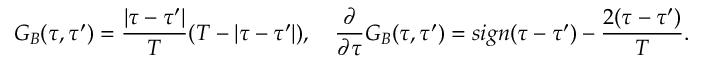
G _ { B } ( \tau , \tau ^ { \prime } ) = \frac { | \tau - \tau ^ { \prime } | } { T } ( T - | \tau - \tau ^ { \prime } | ) , \quad \frac { \partial } { \partial \tau } G _ { B } ( \tau , \tau ^ { \prime } ) = s i g n ( \tau - \tau ^ { \prime } ) - { \frac { 2 ( \tau - \tau ^ { \prime } ) } { T } } .